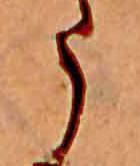
う